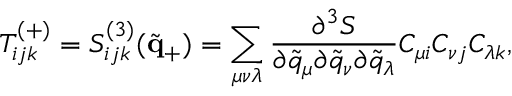
T _ { i j k } ^ { ( + ) } = S _ { i j k } ^ { ( 3 ) } ( \tilde { \bf { q } } _ { + } ) = \sum _ { \mu \nu \lambda } \frac { \partial ^ { 3 } S } { \partial \tilde { q } _ { \mu } \partial \tilde { q } _ { \nu } \partial \tilde { q } _ { \lambda } } C _ { \mu i } C _ { \nu j } C _ { \lambda k } ,